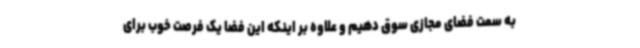
به سمت فضای مجازی سوق دهیم و علاوه بر اینکه این فضا یک فرصت خوب برای